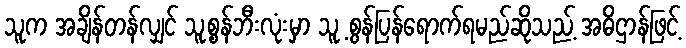
သူက အချိန်တန်လျှင် သူ့စွန်ဘီးလုံးမှာ သူ့ စွန်ပြန်ရောက်ရမည်ဆိုသည့် အဓိဌာန်ဖြင့်